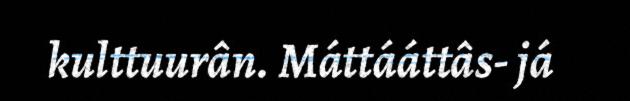
kulttuurân. Máttááttâs- já